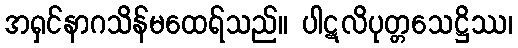
အရှင်နာဂသိန်မထေရ်သည်။ ပါဋလိပုတ္တသေဋ္ဌိဿ၊